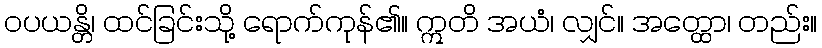
ဝပယန္တိ၊ ထင်ခြင်းသို့ ရောက်ကုန်၏။ ဣတိ အယံ၊ လျှင်။ အတ္ထော၊ တည်း။